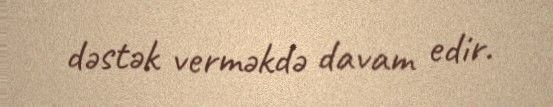
dəstək verməkdə davam edir.